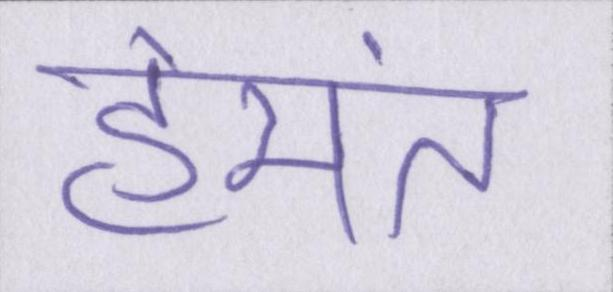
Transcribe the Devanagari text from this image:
हेमंत